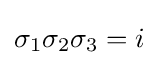
\sigma _{1}\sigma _{2}\sigma _{3}=i